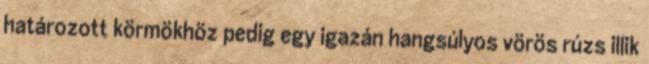
határozott körmökhöz pedig egy igazán hangsúlyos vörös rúzs illik